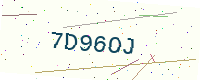
Text: 7D96OJ